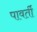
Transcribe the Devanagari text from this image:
पावर्ती